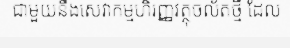
ជាមួយនឹងសេវាកម្មហិរញ្ញវត្ថុចល័តថ្មី ដែល